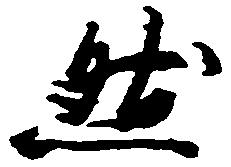
然